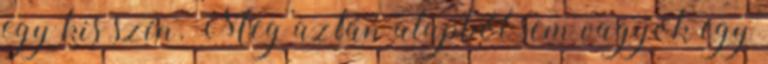
egy kis szín. Meg aztán alapból sem vagyok egy